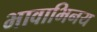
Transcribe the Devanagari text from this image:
भावाभिनय